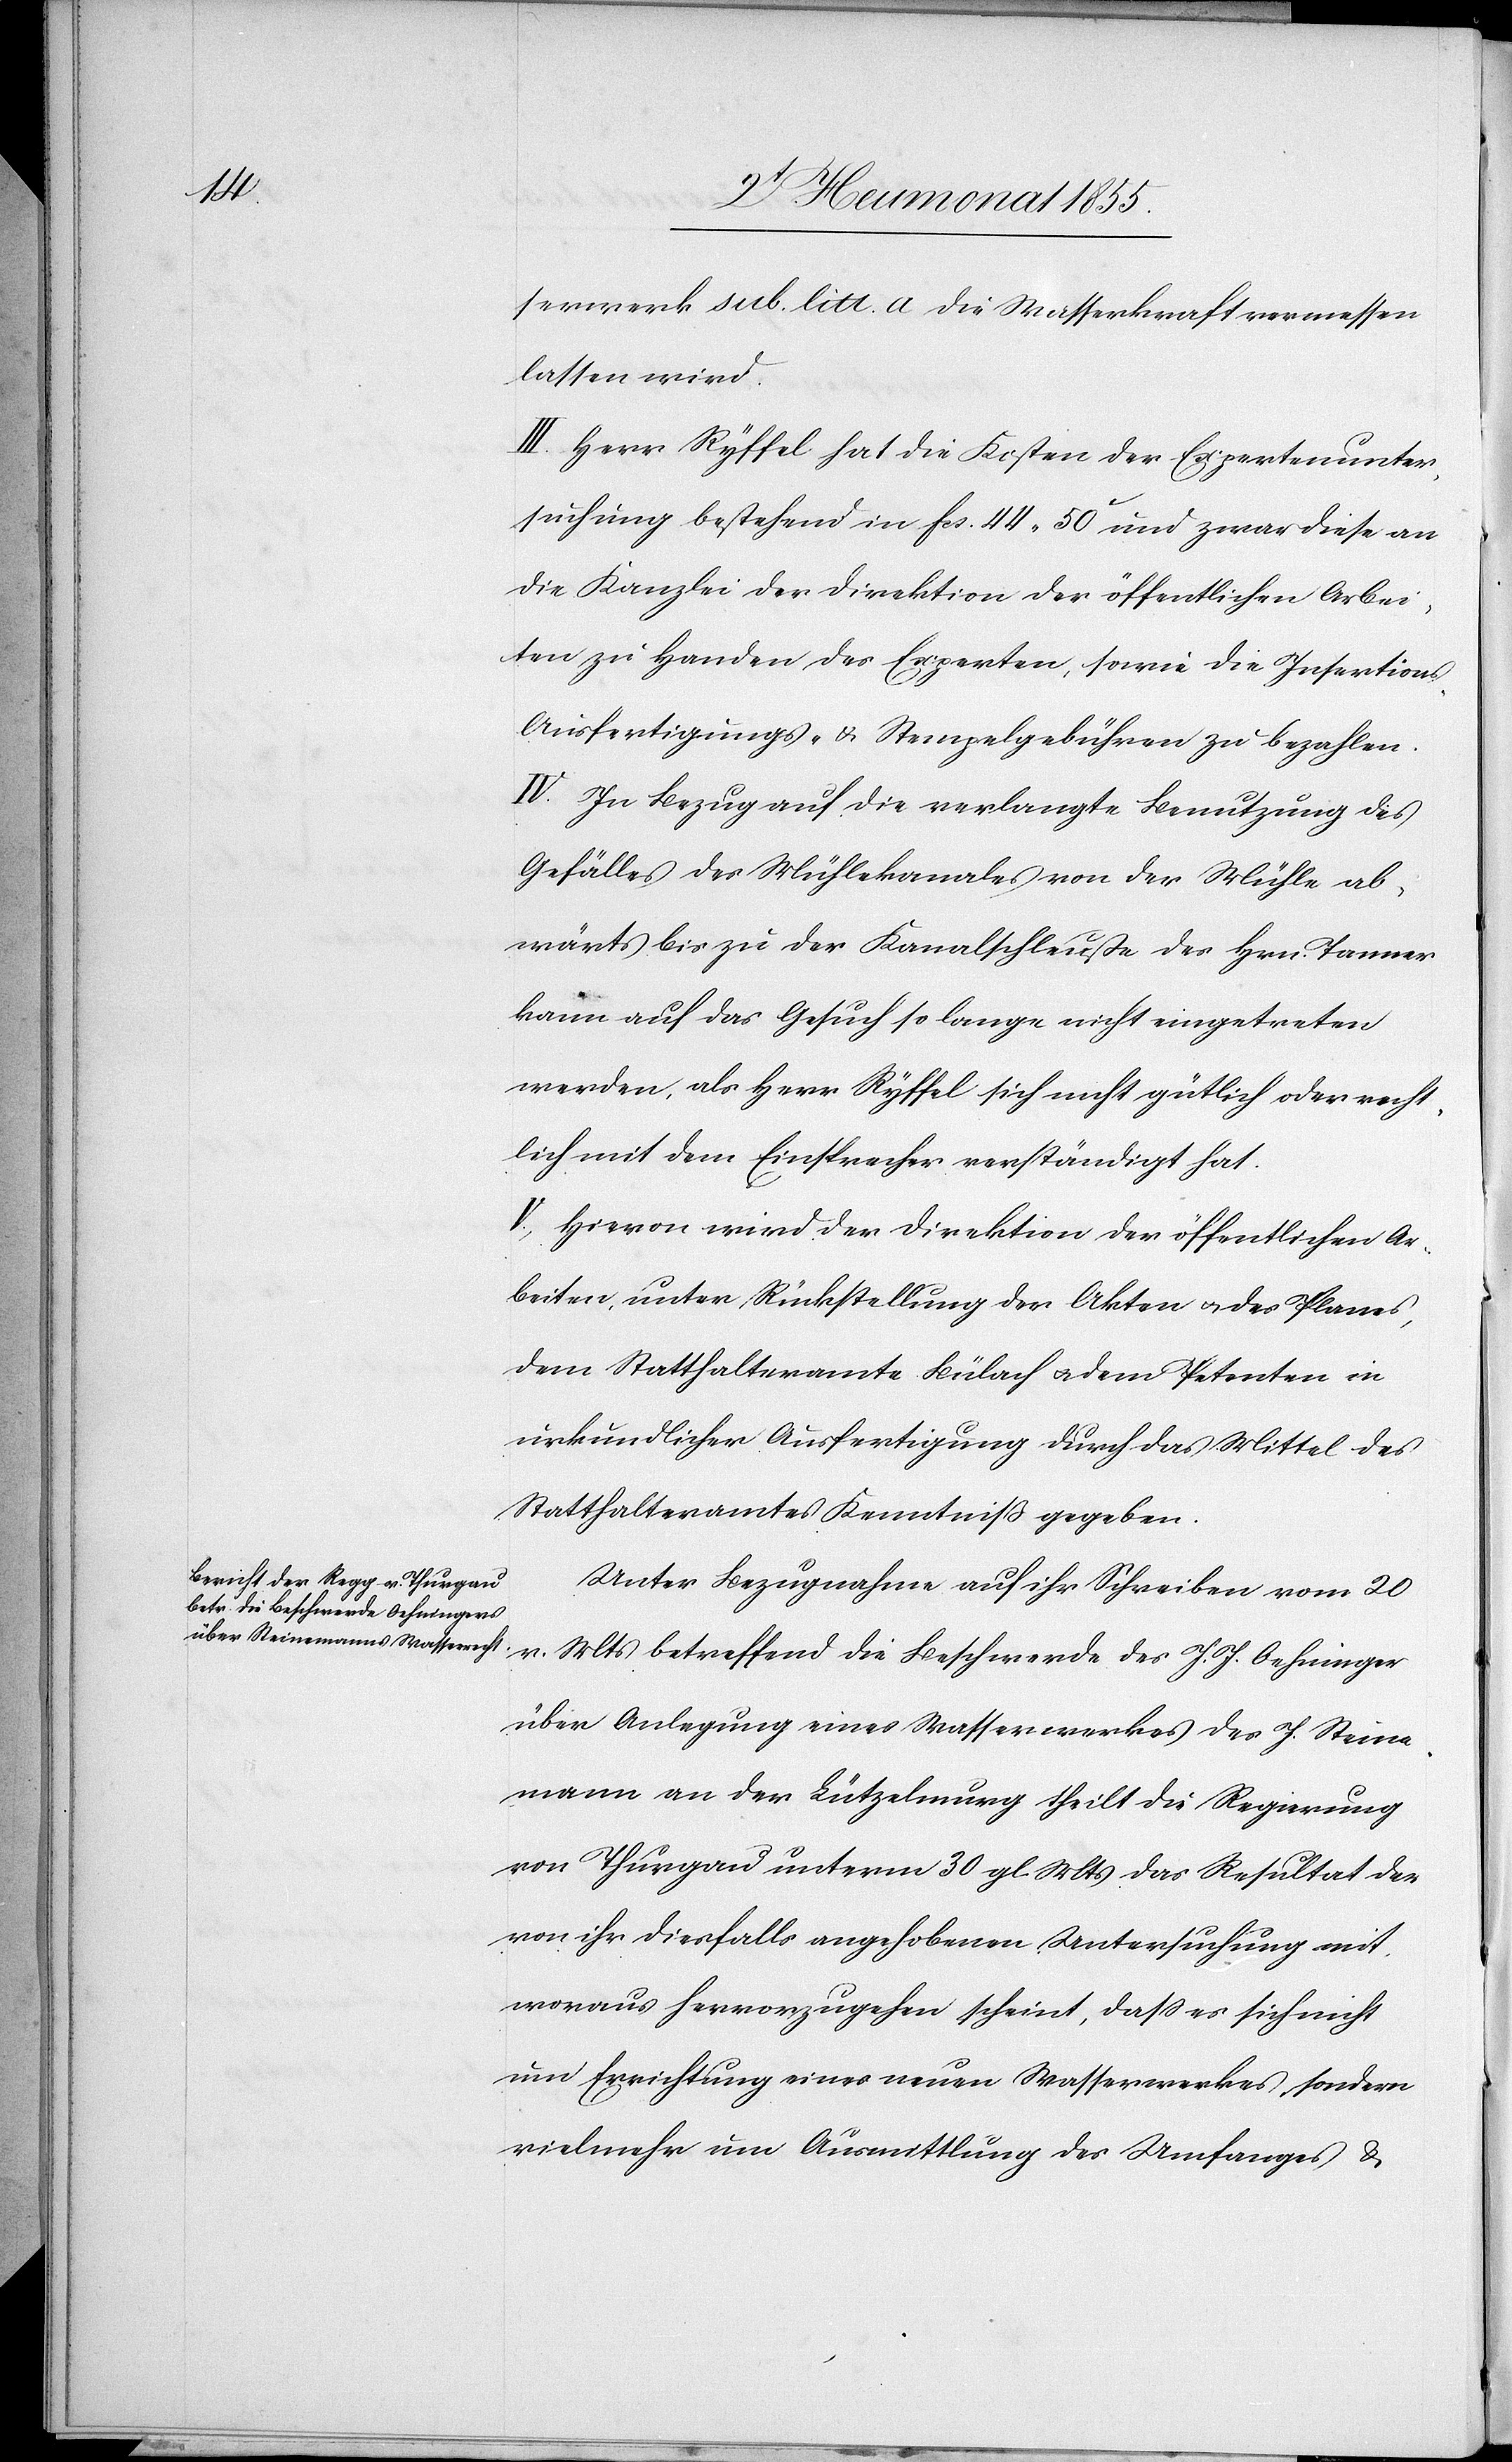
serwerk sub. litt. a die Wasserkraft vermessen
lassen wird.
III. Herr Ryffel hat die Kosten der Expertenunter¬
suchung bestehend in Fcs. 44. 50C und zwar diese an
die Kanzlei der Direktion der öffentlichen Arbei¬
ten zu Handen des Experten, sowie die Insertions-[,]
Ausfertigungs- & Stempelgebühren zu bezahlen.
IV. In Bezug auf die verlangte Benutzung des
Gefälles des Mühlekanales von der Mühle ab¬
wärts bis zu der Kanalschleuße des Hrn. Tanner
kann auf das Gesuch so lange nicht eingetreten
werden, als Herr Ryffel sich nicht gütlich oder recht¬
lich mit dem Einsprecher verständigt hat.
V., Hievon wird der Direktion der öffentlichen Ar¬
beiten, unter Rückstellung der Akten & des Planes,
dem Statthalteramte Bülach & dem Petenten in
urkundlicher Ausfertigung durch das Mittel des
Statthalteramtes Kenntniß gegeben.
Unter Bezugnahme auf ihr Schreiben vom 20
v. Mts betreffend die Beschwerde des J. J. Oehninger
über Anlegung eines Wasserwerkes des J. Steine¬
mann an der Lützelmurg theilt die Regierung
von Thurgau unterm 30 gl. Mts das Resultat der
von ihr diesfalls angehobenen Untersuchung mit,
woraus hervorzugehen scheint, dass es sich nicht
um Errichtung eines neuen Wasserwerkes sondern
vielmehr um Ausmittlung des Umfanges &